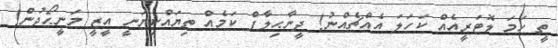
ތީ ހަމަ ލޮޓަރީއެއް ކަހަލަ އެއްޗެއްނު! ދީނާޙިލާފް ކަމެއް ތިޔައްކިޔަނީ އީޒީ މަނީޙޯދުން!